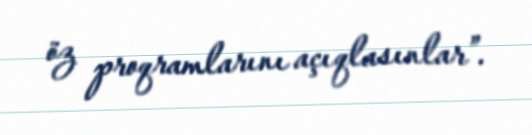
öz proqramlarını açıqlasınlar”.